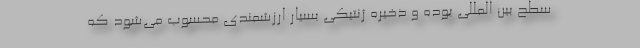
سطح بین المللی بوده و ذخیره ژنتیکی بسیار ارزشمندی محسوب می‌شود که